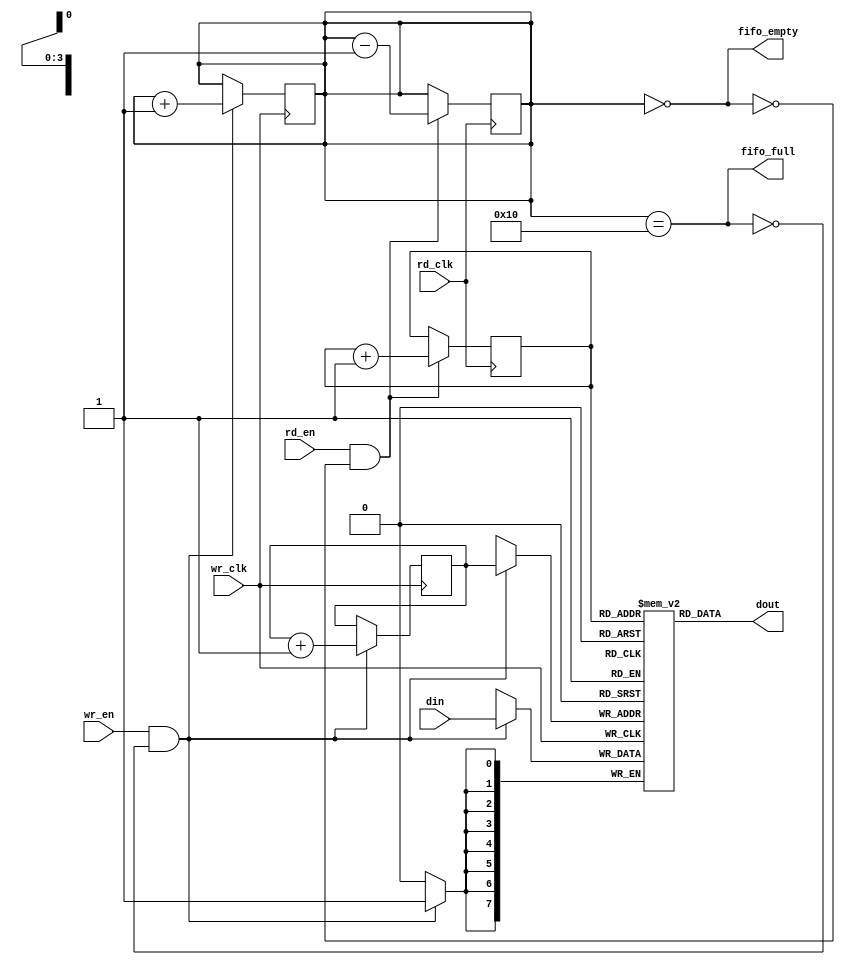
module fifo_synchronizer #(
    parameter DATA_WIDTH = 8,
    parameter FIFO_DEPTH = 16,
    parameter ADDR_WIDTH = 4 // log2(FIFO_DEPTH)
)(
    input wire wr_clk,       // Write clock (source clock domain)
    input wire rd_clk,       // Read clock (destination clock domain)
    input wire wr_en,        // Write enable signal
    input wire rd_en,        // Read enable signal
    input wire [DATA_WIDTH-1:0] din, // Data input
    output wire [DATA_WIDTH-1:0] dout, // Data output
    output wire fifo_full,   // FIFO full status
    output wire fifo_empty    // FIFO empty status
);

    // Internal FIFO memory
    reg [DATA_WIDTH-1:0] fifo_mem [0:FIFO_DEPTH-1];
    reg [ADDR_WIDTH-1:0] wr_ptr; // Write pointer
    reg [ADDR_WIDTH-1:0] rd_ptr; // Read pointer
    reg [ADDR_WIDTH:0] fifo_count; // FIFO occupancy counter

    assign fifo_full = (fifo_count == FIFO_DEPTH);
    assign fifo_empty = (fifo_count == 0);
    assign dout = fifo_mem[rd_ptr];

    // Write operation
    always @(posedge wr_clk) begin
        if (wr_en && !fifo_full) begin
            fifo_mem[wr_ptr] <= din; // Write data to FIFO
            wr_ptr <= wr_ptr + 1'b1; // Increment write pointer
            fifo_count <= fifo_count + 1'b1; // Increment count
        end
    end

    // Read operation
    always @(posedge rd_clk) begin
        if (rd_en && !fifo_empty) begin
            rd_ptr <= rd_ptr + 1'b1; // Increment read pointer
            fifo_count <= fifo_count - 1'b1; // Decrement count
        end
    end

    // Reset pointers and count on initialization
    initial begin
        wr_ptr = 0;
        rd_ptr = 0;
        fifo_count = 0;
    end

endmodule